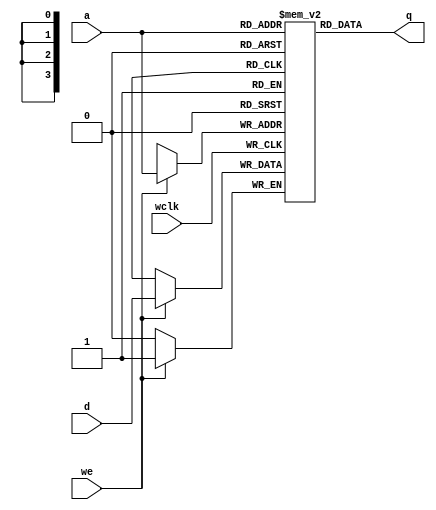
/*
 * Copyright (c) 1999 Stephen Williams (steve@icarus.com)
 *
 *    This source code is free software; you can redistribute it
 *    and/or modify it in source code form under the terms of the GNU
 *    General Public License as published by the Free Software
 *    Foundation; either version 2 of the License, or (at your option)
 *    any later version.
 *
 *    This program is distributed in the hope that it will be useful,
 *    but WITHOUT ANY WARRANTY; without even the implied warranty of
 *    MERCHANTABILITY or FITNESS FOR A PARTICULAR PURPOSE.  See the
 *    GNU General Public License for more details.
 *
 *    You should have received a copy of the GNU General Public License
 *    along with this program; if not, write to the Free Software
 *    Foundation, Inc., 59 Temple Place - Suite 330, Boston, MA 02111-1307, USA
 */

// This example describes a 16x1 RAM that can be synthesized into
// a CLB ram in a Xilinx FPGA.

module ram16x1 (q, d, a, we, wclk);
   output q;
   input d;
   input [3:0] a;
   input we;
   input wclk;

   reg mem[15:0];

   assign q = mem[a];
   always @(posedge wclk) if (we) mem[a] = d;

endmodule /* ram16x1 */

module main;
   wire q;
   reg d;
   reg [3:0] a;
   reg we, wclk;

   ram16x1 r1 (q, d, a, we, wclk);

   initial begin
      wclk = 0;
      we = 1;
      for (a = 0 ; a < 4'hf ;  a = a + 1) begin
	 d = a[0];
	 #1 wclk = 1;
	 #1 wclk = 0;
	 $display("r1[%h] == %b", a, q);
      end

      for (a = 0 ; a < 4'hf ;  a = a + 1)
	 #1 if (q !== a[0]) begin
	    $display("FAILED -- mem[%h] !== %b", a, a[0]);
	    $finish;
	 end

      $display("PASSED");
   end
endmodule /* main */